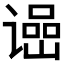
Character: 𬤠